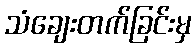
သံချေးတက်ခြင်းမှ